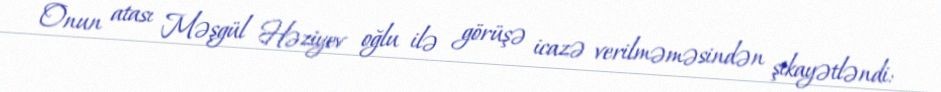
Onun atası Məşgül Həziyev oğlu ilə görüşə icazə verilməməsindən şikayətləndi: